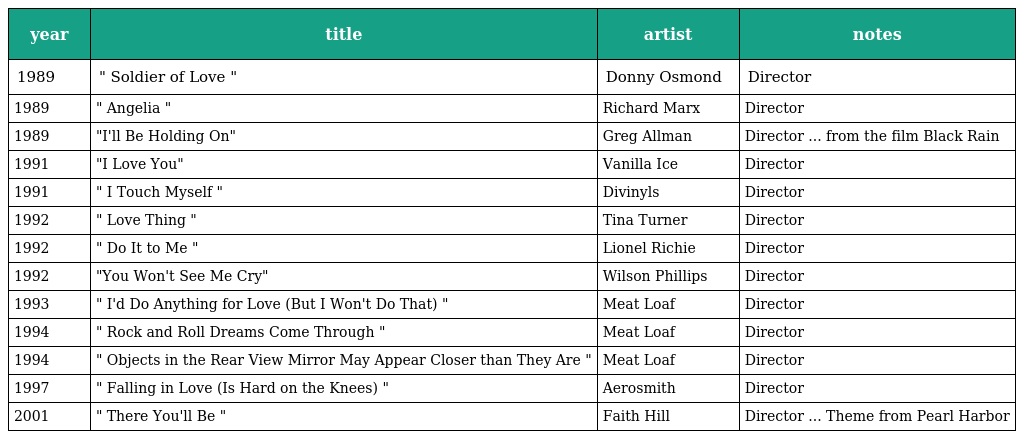
| year | title | artist | notes |
 | --- | --- | --- | --- |
 | 1989 | " Soldier of Love " | Donny Osmond | Director |
 | 1989 | " Angelia " | Richard Marx | Director |
 | 1989 | "I'll Be Holding On" | Greg Allman | Director ... from the film Black Rain |
 | 1991 | "I Love You" | Vanilla Ice | Director |
 | 1991 | " I Touch Myself " | Divinyls | Director |
 | 1992 | " Love Thing " | Tina Turner | Director |
 | 1992 | " Do It to Me " | Lionel Richie | Director |
 | 1992 | "You Won't See Me Cry" | Wilson Phillips | Director |
 | 1993 | " I'd Do Anything for Love (But I Won't Do That) " | Meat Loaf | Director |
 | 1994 | " Rock and Roll Dreams Come Through " | Meat Loaf | Director |
 | 1994 | " Objects in the Rear View Mirror May Appear Closer than They Are " | Meat Loaf | Director |
 | 1997 | " Falling in Love (Is Hard on the Knees) " | Aerosmith | Director |
 | 2001 | " There You'll Be " | Faith Hill | Director ... Theme from Pearl Harbor |